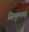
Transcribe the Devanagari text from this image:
सिमुलगढ़